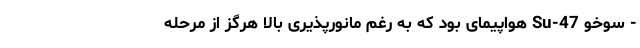
- سوخو Su-47 هواپیمای بود که به رغم مانورپذیری بالا هرگز از مرحله